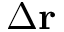
\Delta \mathbf { r }